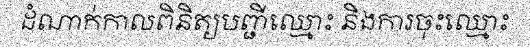
ដំណាក់កាលពិនិត្យបញ្ជីឈ្មោះ និងការចុះឈ្មោះ